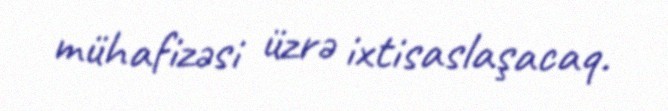
mühafizəsi üzrə ixtisaslaşacaq.